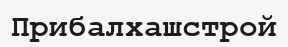
Прибалхашстрой